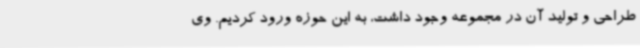
طراحی و تولید آن در مجموعه وجود داشت، به این حوزه ورود کردیم. وی